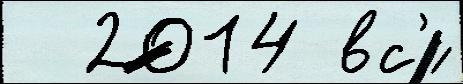
  2014 вс'́